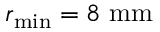
r _ { \mathrm { m i n } } = 8 \ \mathrm { m m }